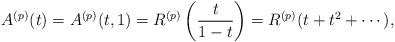
LaTeX: \begin{align*}A^{(p)}(t) = A^{(p)}(t,1) = R^{(p)}\left(\frac{t}{1-t}\right)= R^{(p)}(t+t^2+\cdots),\end{align*}